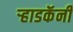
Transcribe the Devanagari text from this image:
ऱ्हाडकॅनी